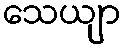
သေယျာ